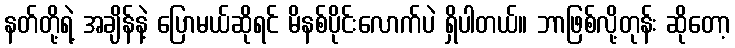
နတ်တို့ရဲ့ အချိန်နဲ့ ပြောမယ်ဆိုရင် မိနစ်ပိုင်းလောက်ပဲ ရှိပါတယ်။ ဘာဖြစ်လို့တုန်း ဆိုတော့